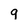
Character: 9